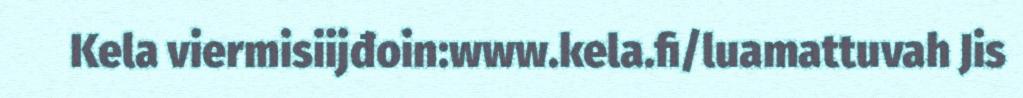
Kela viermisiijđoin:www.kela.fi/luamattuvah Jis